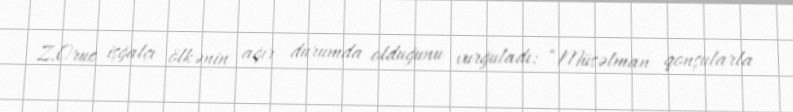
Z.Oruc işğalçı ölkənin ağır durumda olduğunu vurğuladı: “Müsəlman qonşularla